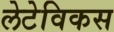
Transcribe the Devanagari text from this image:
लेटेविकस